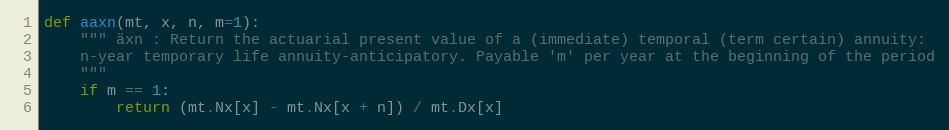
Language: Python
def aaxn(mt, x, n, m=1):
    """ äxn : Return the actuarial present value of a (immediate) temporal (term certain) annuity:
    n-year temporary life annuity-anticipatory. Payable 'm' per year at the beginning of the period
    """
    if m == 1:
        return (mt.Nx[x] - mt.Nx[x + n]) / mt.Dx[x]